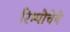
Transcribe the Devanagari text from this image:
रिम्पोचेचे